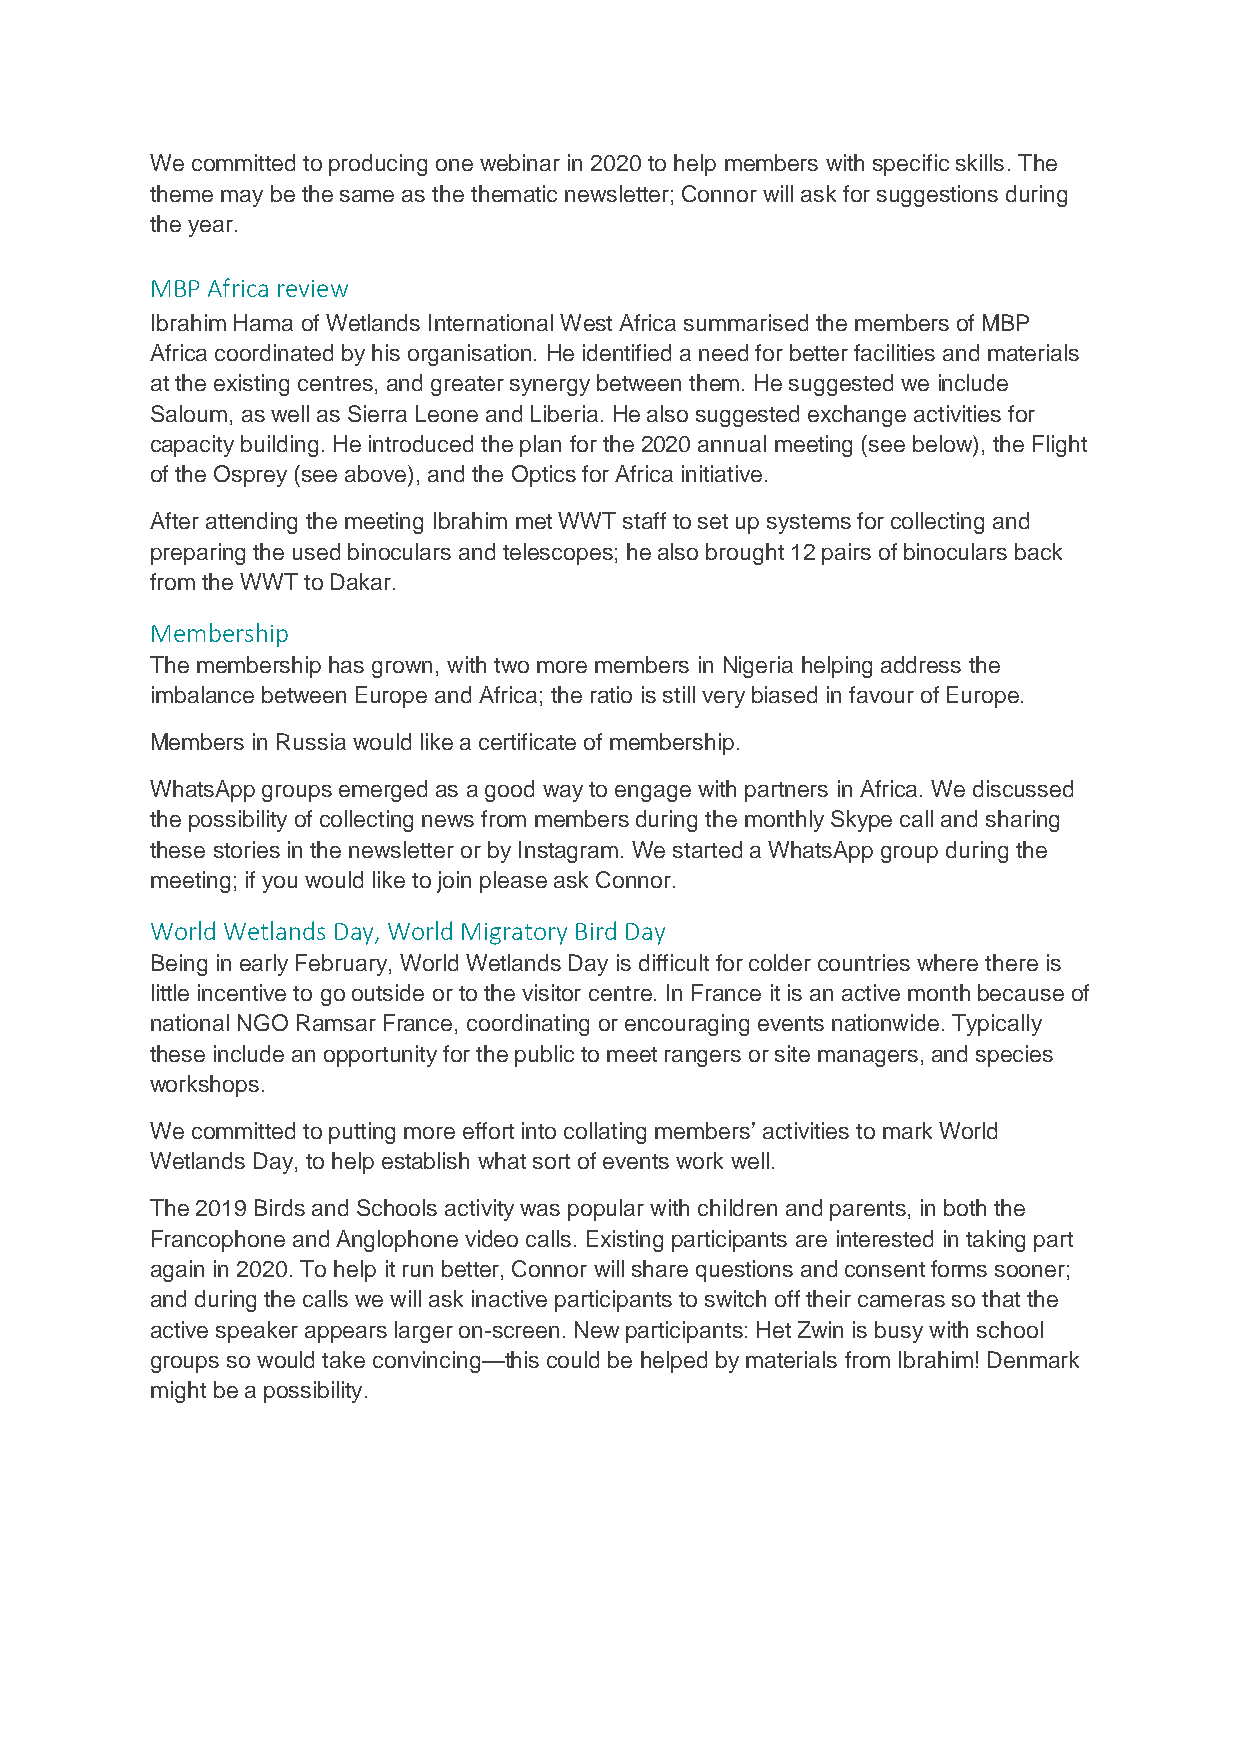
We committed to producing one webinar in 2020 to help members with specific skills. The
 theme may be the same as the thematic newsletter; Connor will ask for suggestions during
 the year.
 MBP Africa review
 Ibrahim Hama of Wetlands International West Africa summarised the members of MBP
 Africa coordinated by his organisation. He identified a need for better facilities and materials
 at the existing centres, and greater synergy between them. He suggested we include
 Saloum, as well as Sierra Leone and Liberia. He also suggested exchange activities for
 capacity building. He introduced the plan for the 2020 annual meeting (see below), the Flight
 of the Osprey (see above), and the Optics for Africa initiative.
 After attending the meeting Ibrahim met WWT staff to set up systems for collecting and
 preparing the used binoculars and telescopes; he also brought 12 pairs of binoculars back
 from the WWT to Dakar.
 Membership
 The membership has grown, with two more members in Nigeria helping address the
 imbalance between Europe and Africa; the ratio is still very biased in favour of Europe.
 Members in Russia would like a certificate of membership.
 WhatsApp groups emerged as a good way to engage with partners in Africa. We discussed
 the possibility of collecting news from members during the monthly Skype call and sharing
 these stories in the newsletter or by Instagram. We started a WhatsApp group during the
 meeting; if you would like to join please ask Connor.
 World Wetlands Day, World Migratory Bird Day
 Being in early February, World Wetlands Day is difficult for colder countries where there is
 little incentive to go outside or to the visitor centre. In France it is an active month because of
 national NGO Ramsar France, coordinating or encouraging events nationwide. Typically
 these include an opportunity for the public to meet rangers or site managers, and species
 workshops.
 We committed to putting more effort into collating members’ activities to mark World
 Wetlands Day, to help establish what sort of events work well.
 The 2019 Birds and Schools activity was popular with children and parents, in both the
 Francophone and Anglophone video calls. Existing participants are interested in taking part
 again in 2020. To help it run better, Connor will share questions and consent forms sooner;
 and during the calls we will ask inactive participants to switch off their cameras so that the
 active speaker appears larger on-screen. New participants: Het Zwin is busy with school
 groups so would take convincing—this could be helped by materials from Ibrahim! Denmark
 might be a possibility.